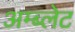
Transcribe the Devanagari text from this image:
अम्ब्लेट